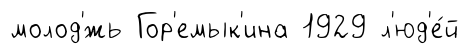
молод'́жь Гор'емык'ина 1929 л'юд'е́й